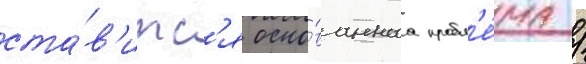
ста́в'итс'я осно́ваннаа пробл'е́ма /